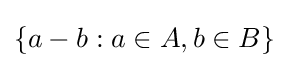
\{a-b:a\in A,b\in B\}